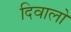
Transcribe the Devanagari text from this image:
दिवालो